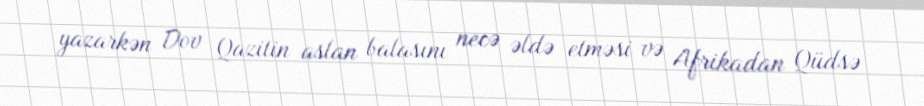
yazarkən Dov Qazitin aslan balasını necə əldə etməsi və Afrikadan Qüdsə